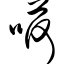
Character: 嗬